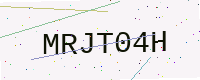
Text: MRJT04H